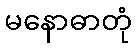
မနောဓာတုံ